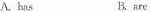
A. has B. are